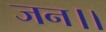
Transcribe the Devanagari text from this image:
जन।।